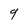
Character: 9